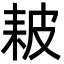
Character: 耚